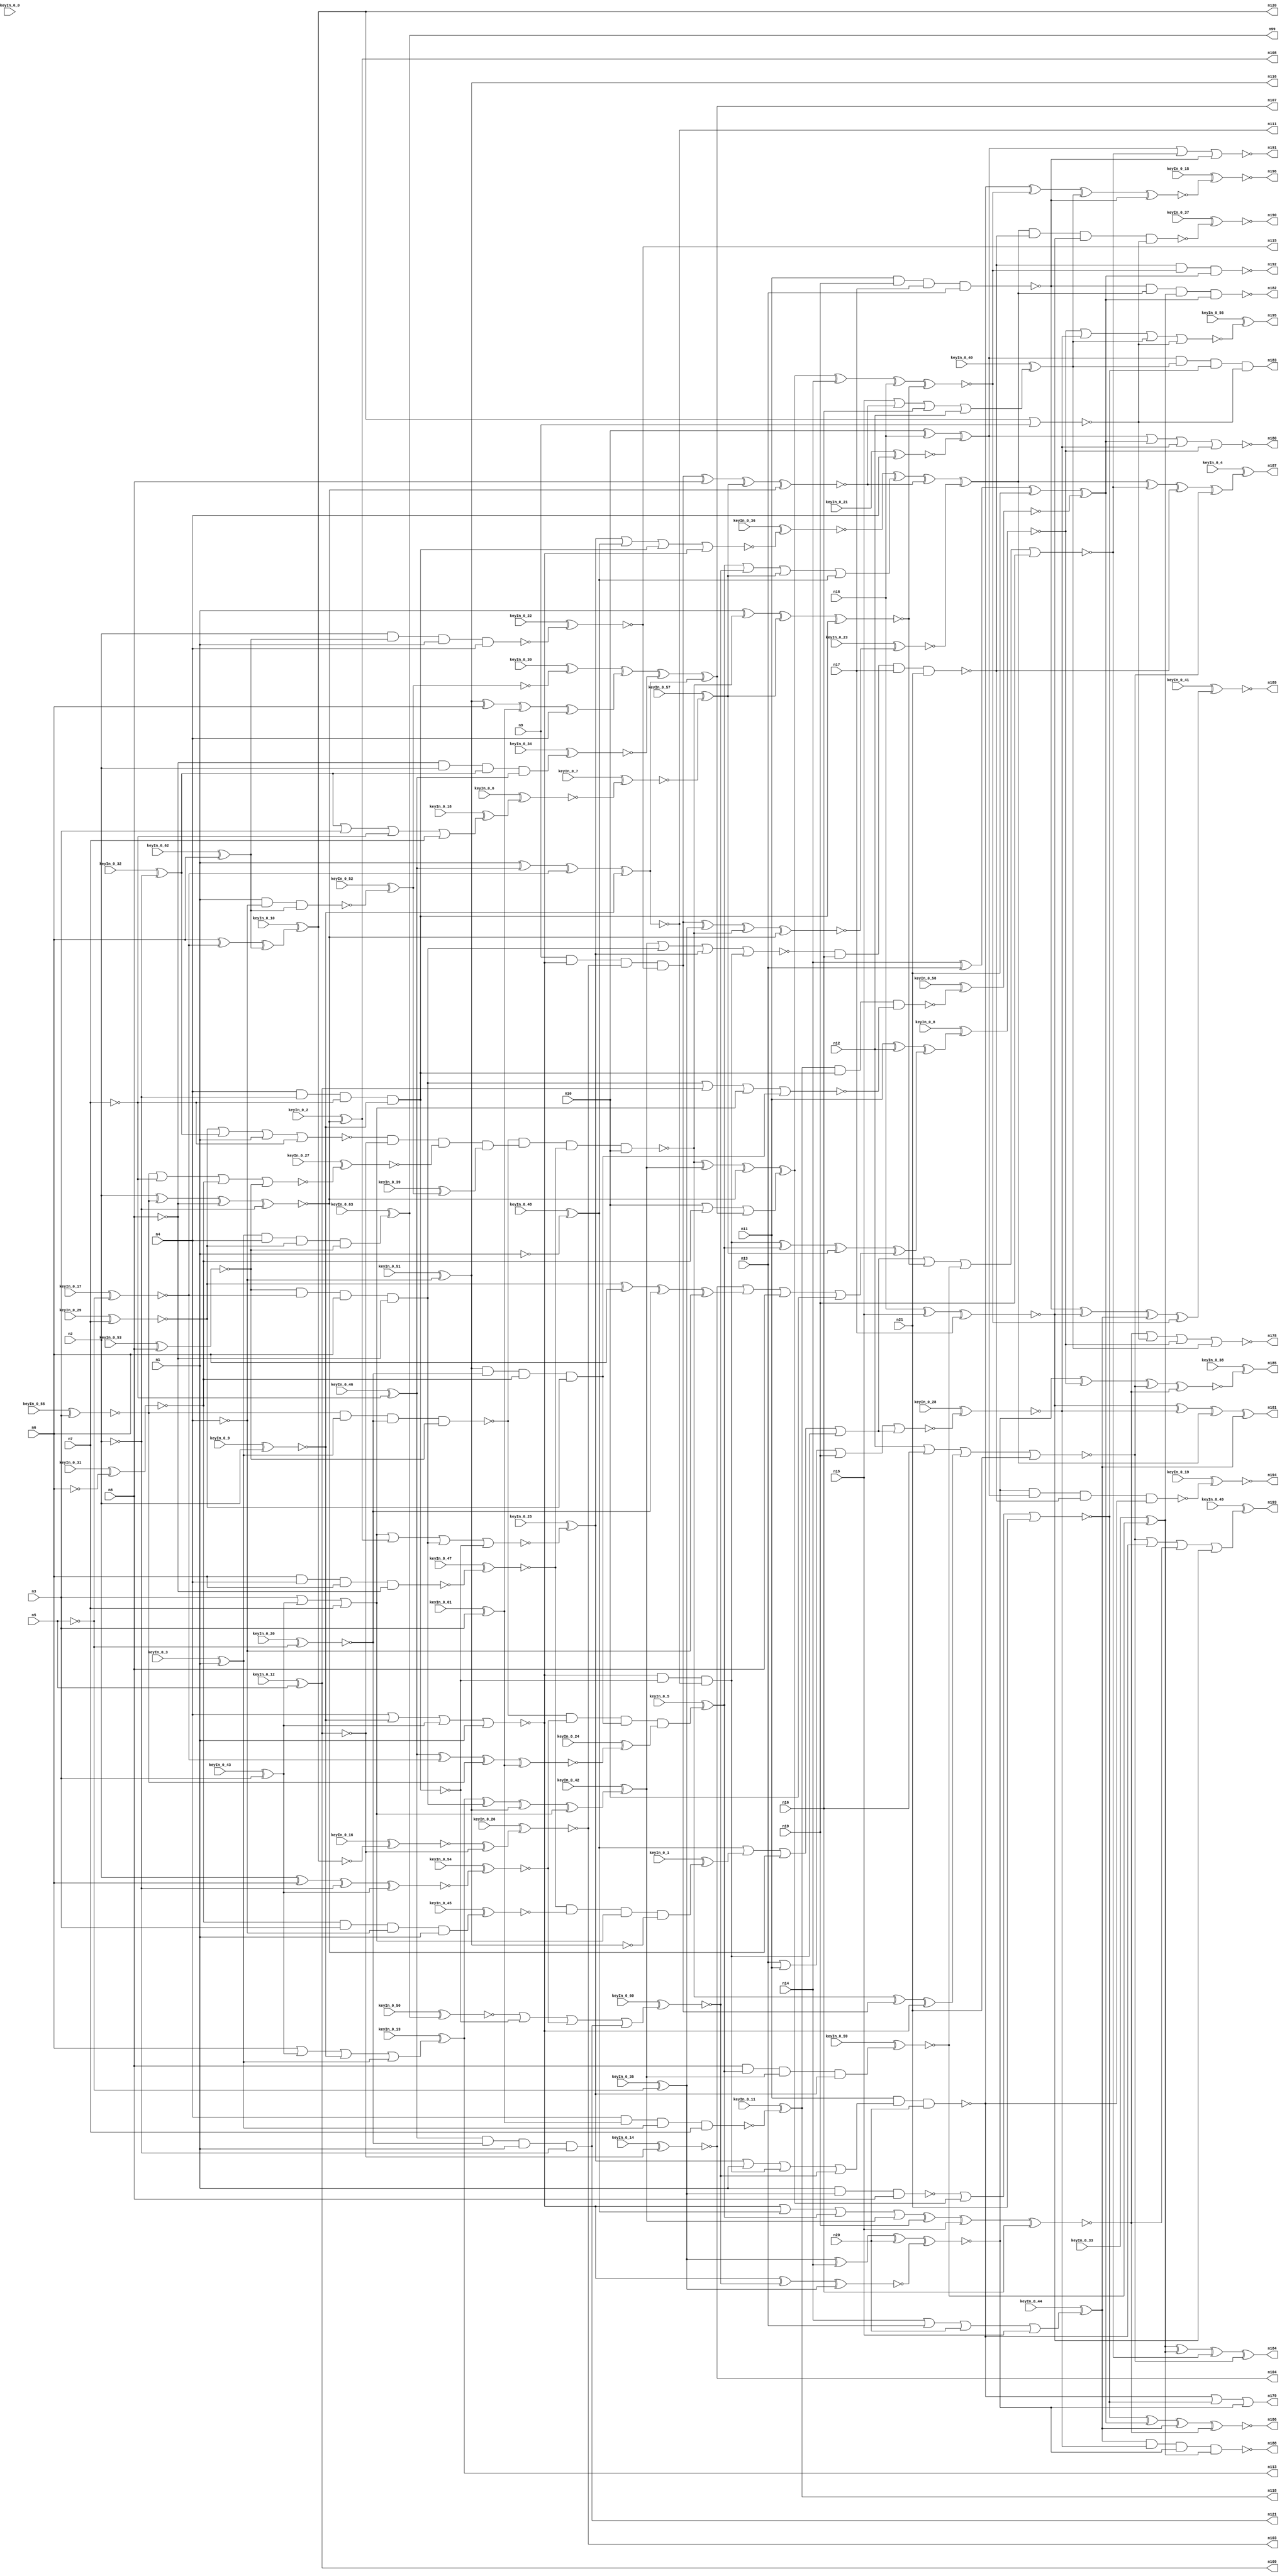


module Stat_175_832
(
  n1,
  n2,
  n3,
  n4,
  n5,
  n6,
  n7,
  n8,
  n9,
  n10,
  n11,
  n12,
  n13,
  n14,
  n15,
  n16,
  n17,
  n18,
  n19,
  n20,
  n21,
  n99,
  n113,
  n104,
  n108,
  n121,
  n116,
  n115,
  n109,
  n111,
  n107,
  n103,
  n120,
  n118,
  n185,
  n178,
  n188,
  n189,
  n192,
  n196,
  n186,
  n194,
  n193,
  n195,
  n187,
  n182,
  n179,
  n183,
  n181,
  n180,
  n190,
  n191,
  n184,
  keyIn_0_0,
  keyIn_0_1,
  keyIn_0_2,
  keyIn_0_3,
  keyIn_0_4,
  keyIn_0_5,
  keyIn_0_6,
  keyIn_0_7,
  keyIn_0_8,
  keyIn_0_9,
  keyIn_0_10,
  keyIn_0_11,
  keyIn_0_12,
  keyIn_0_13,
  keyIn_0_14,
  keyIn_0_15,
  keyIn_0_16,
  keyIn_0_17,
  keyIn_0_18,
  keyIn_0_19,
  keyIn_0_20,
  keyIn_0_21,
  keyIn_0_22,
  keyIn_0_23,
  keyIn_0_24,
  keyIn_0_25,
  keyIn_0_26,
  keyIn_0_27,
  keyIn_0_28,
  keyIn_0_29,
  keyIn_0_30,
  keyIn_0_31,
  keyIn_0_32,
  keyIn_0_33,
  keyIn_0_34,
  keyIn_0_35,
  keyIn_0_36,
  keyIn_0_37,
  keyIn_0_38,
  keyIn_0_39,
  keyIn_0_40,
  keyIn_0_41,
  keyIn_0_42,
  keyIn_0_43,
  keyIn_0_44,
  keyIn_0_45,
  keyIn_0_46,
  keyIn_0_47,
  keyIn_0_48,
  keyIn_0_49,
  keyIn_0_50,
  keyIn_0_51,
  keyIn_0_52,
  keyIn_0_53,
  keyIn_0_54,
  keyIn_0_55,
  keyIn_0_56,
  keyIn_0_57,
  keyIn_0_58,
  keyIn_0_59,
  keyIn_0_60,
  keyIn_0_61,
  keyIn_0_62,
  keyIn_0_63
);

  input n1;
  input n2;
  input n3;
  input n4;
  input n5;
  input n6;
  input n7;
  input n8;
  input n9;
  input n10;
  input n11;
  input n12;
  input n13;
  input n14;
  input n15;
  input n16;
  input n17;
  input n18;
  input n19;
  input n20;
  input n21;
  input keyIn_0_0;
  input keyIn_0_1;
  input keyIn_0_2;
  input keyIn_0_3;
  input keyIn_0_4;
  input keyIn_0_5;
  input keyIn_0_6;
  input keyIn_0_7;
  input keyIn_0_8;
  input keyIn_0_9;
  input keyIn_0_10;
  input keyIn_0_11;
  input keyIn_0_12;
  input keyIn_0_13;
  input keyIn_0_14;
  input keyIn_0_15;
  input keyIn_0_16;
  input keyIn_0_17;
  input keyIn_0_18;
  input keyIn_0_19;
  input keyIn_0_20;
  input keyIn_0_21;
  input keyIn_0_22;
  input keyIn_0_23;
  input keyIn_0_24;
  input keyIn_0_25;
  input keyIn_0_26;
  input keyIn_0_27;
  input keyIn_0_28;
  input keyIn_0_29;
  input keyIn_0_30;
  input keyIn_0_31;
  input keyIn_0_32;
  input keyIn_0_33;
  input keyIn_0_34;
  input keyIn_0_35;
  input keyIn_0_36;
  input keyIn_0_37;
  input keyIn_0_38;
  input keyIn_0_39;
  input keyIn_0_40;
  input keyIn_0_41;
  input keyIn_0_42;
  input keyIn_0_43;
  input keyIn_0_44;
  input keyIn_0_45;
  input keyIn_0_46;
  input keyIn_0_47;
  input keyIn_0_48;
  input keyIn_0_49;
  input keyIn_0_50;
  input keyIn_0_51;
  input keyIn_0_52;
  input keyIn_0_53;
  input keyIn_0_54;
  input keyIn_0_55;
  input keyIn_0_56;
  input keyIn_0_57;
  input keyIn_0_58;
  input keyIn_0_59;
  input keyIn_0_60;
  input keyIn_0_61;
  input keyIn_0_62;
  input keyIn_0_63;
  output n99;
  output n113;
  output n104;
  output n108;
  output n121;
  output n116;
  output n115;
  output n109;
  output n111;
  output n107;
  output n103;
  output n120;
  output n118;
  output n185;
  output n178;
  output n188;
  output n189;
  output n192;
  output n196;
  output n186;
  output n194;
  output n193;
  output n195;
  output n187;
  output n182;
  output n179;
  output n183;
  output n181;
  output n180;
  output n190;
  output n191;
  output n184;
  wire n22;
  wire n23;
  wire n24;
  wire n25;
  wire n26;
  wire n27;
  wire n28;
  wire n29;
  wire n30;
  wire n31;
  wire n32;
  wire n33;
  wire n34;
  wire n35;
  wire n36;
  wire n37;
  wire n38;
  wire n39;
  wire n40;
  wire n41;
  wire n42;
  wire n43;
  wire n44;
  wire n45;
  wire n46;
  wire n47;
  wire n48;
  wire n49;
  wire n50;
  wire n51;
  wire n52;
  wire n53;
  wire n54;
  wire n55;
  wire n56;
  wire n57;
  wire n58;
  wire n59;
  wire n60;
  wire n61;
  wire n62;
  wire n63;
  wire n64;
  wire n65;
  wire n66;
  wire n67;
  wire n68;
  wire n69;
  wire n70;
  wire n71;
  wire n72;
  wire n73;
  wire n74;
  wire n75;
  wire n76;
  wire n77;
  wire n78;
  wire n79;
  wire n80;
  wire n81;
  wire n82;
  wire n83;
  wire n84;
  wire n85;
  wire n86;
  wire n87;
  wire n88;
  wire n89;
  wire n90;
  wire n91;
  wire n92;
  wire n93;
  wire n94;
  wire n95;
  wire n96;
  wire n97;
  wire n98;
  wire n100;
  wire n101;
  wire n102;
  wire n105;
  wire n106;
  wire n110;
  wire n112;
  wire n114;
  wire n117;
  wire n119;
  wire n122;
  wire n123;
  wire n124;
  wire n125;
  wire n126;
  wire n127;
  wire n128;
  wire n129;
  wire n130;
  wire n131;
  wire n132;
  wire n133;
  wire n134;
  wire n135;
  wire n136;
  wire n137;
  wire n138;
  wire n139;
  wire n140;
  wire n141;
  wire n142;
  wire n143;
  wire n144;
  wire n145;
  wire n146;
  wire n147;
  wire n148;
  wire n149;
  wire n150;
  wire n151;
  wire n152;
  wire n153;
  wire n154;
  wire n155;
  wire n156;
  wire n157;
  wire n158;
  wire n159;
  wire n160;
  wire n161;
  wire n162;
  wire n163;
  wire n164;
  wire n165;
  wire n166;
  wire n167;
  wire n168;
  wire n169;
  wire n170;
  wire n171;
  wire n172;
  wire n173;
  wire n174;
  wire n175;
  wire n176;
  wire n177;
  wire KeyWire_0_0;
  wire KeyNOTWire_0_0;
  wire KeyWire_0_1;
  wire KeyWire_0_2;
  wire KeyWire_0_3;
  wire KeyNOTWire_0_3;
  wire KeyWire_0_4;
  wire KeyNOTWire_0_4;
  wire KeyWire_0_5;
  wire KeyNOTWire_0_5;
  wire KeyWire_0_6;
  wire KeyWire_0_7;
  wire KeyNOTWire_0_7;
  wire KeyWire_0_8;
  wire KeyWire_0_9;
  wire KeyWire_0_10;
  wire KeyWire_0_11;
  wire KeyWire_0_12;
  wire KeyNOTWire_0_12;
  wire KeyWire_0_13;
  wire KeyNOTWire_0_13;
  wire KeyWire_0_14;
  wire KeyNOTWire_0_14;
  wire KeyWire_0_15;
  wire KeyWire_0_16;
  wire KeyWire_0_17;
  wire KeyWire_0_18;
  wire KeyNOTWire_0_18;
  wire KeyWire_0_19;
  wire KeyWire_0_20;
  wire KeyNOTWire_0_20;
  wire KeyWire_0_21;
  wire KeyNOTWire_0_21;
  wire KeyWire_0_22;
  wire KeyWire_0_23;
  wire KeyNOTWire_0_23;
  wire KeyWire_0_24;
  wire KeyNOTWire_0_24;
  wire KeyWire_0_25;
  wire KeyNOTWire_0_25;
  wire KeyWire_0_26;
  wire KeyNOTWire_0_26;
  wire KeyWire_0_27;
  wire KeyNOTWire_0_27;
  wire KeyWire_0_28;
  wire KeyWire_0_29;
  wire KeyWire_0_30;
  wire KeyWire_0_31;
  wire KeyNOTWire_0_31;
  wire KeyWire_0_32;
  wire KeyWire_0_33;
  wire KeyWire_0_34;
  wire KeyNOTWire_0_34;
  wire KeyWire_0_35;
  wire KeyWire_0_36;
  wire KeyWire_0_37;
  wire KeyNOTWire_0_37;
  wire KeyWire_0_38;
  wire KeyNOTWire_0_38;
  wire KeyWire_0_39;
  wire KeyWire_0_40;
  wire KeyWire_0_41;
  wire KeyNOTWire_0_41;
  wire KeyWire_0_42;
  wire KeyNOTWire_0_42;
  wire KeyWire_0_43;
  wire KeyWire_0_44;
  wire KeyNOTWire_0_44;
  wire KeyWire_0_45;
  wire KeyNOTWire_0_45;
  wire KeyWire_0_46;
  wire KeyNOTWire_0_46;
  wire KeyWire_0_47;
  wire KeyWire_0_48;
  wire KeyNOTWire_0_48;
  wire KeyWire_0_49;
  wire KeyNOTWire_0_49;
  wire KeyWire_0_50;
  wire KeyNOTWire_0_50;
  wire KeyWire_0_51;
  wire KeyNOTWire_0_51;
  wire KeyWire_0_52;
  wire KeyNOTWire_0_52;
  wire KeyWire_0_53;
  wire KeyNOTWire_0_53;
  wire KeyWire_0_54;
  wire KeyWire_0_55;
  wire KeyNOTWire_0_55;
  wire KeyWire_0_56;
  wire KeyWire_0_57;
  wire KeyWire_0_58;
  wire KeyWire_0_59;
  wire KeyWire_0_60;
  wire KeyWire_0_61;
  wire KeyWire_0_62;
  wire KeyWire_0_63;
  wire KeyNOTWire_0_63;

  buf
  g0
  (
    n47,
    n1
  );


  buf
  g1
  (
    n34,
    n2
  );


  not
  g2
  (
    KeyWire_0_32,
    n2
  );


  buf
  g3
  (
    n26,
    n3
  );


  buf
  g4
  (
    KeyWire_0_43,
    n3
  );


  buf
  g5
  (
    KeyWire_0_3,
    n1
  );


  not
  g6
  (
    KeyWire_0_46,
    n7
  );


  buf
  g7
  (
    n35,
    n7
  );


  not
  g8
  (
    KeyWire_0_20,
    n5
  );


  not
  g9
  (
    n42,
    n7
  );


  buf
  g10
  (
    n50,
    n1
  );


  buf
  g11
  (
    KeyWire_0_53,
    n8
  );


  buf
  g12
  (
    n25,
    n1
  );


  buf
  g13
  (
    n23,
    n4
  );


  buf
  g14
  (
    n30,
    n4
  );


  buf
  g15
  (
    n38,
    n6
  );


  buf
  g16
  (
    KeyWire_0_55,
    n3
  );


  buf
  g17
  (
    KeyWire_0_62,
    n6
  );


  buf
  g18
  (
    KeyWire_0_61,
    n3
  );


  buf
  g19
  (
    KeyWire_0_9,
    n2
  );


  not
  g20
  (
    KeyWire_0_51,
    n4
  );


  not
  g21
  (
    n37,
    n2
  );


  not
  g22
  (
    KeyWire_0_17,
    n5
  );


  buf
  g23
  (
    KeyWire_0_12,
    n5
  );


  not
  g24
  (
    KeyWire_0_35,
    n5
  );


  buf
  g25
  (
    n31,
    n6
  );


  not
  g26
  (
    n22,
    n4
  );


  buf
  g27
  (
    KeyWire_0_29,
    n7
  );


  not
  g28
  (
    n29,
    n8
  );


  not
  g29
  (
    KeyWire_0_31,
    n6
  );


  buf
  g30
  (
    n71,
    n24
  );


  not
  g31
  (
    n57,
    n22
  );


  nor
  g32
  (
    KeyWire_0_27,
    n44,
    n42,
    n24,
    n45
  );


  xnor
  g33
  (
    KeyWire_0_54,
    n34,
    n38,
    n37,
    n43
  );


  and
  g34
  (
    n65,
    n46,
    n23,
    n39,
    n45
  );


  and
  g35
  (
    KeyWire_0_45,
    n24,
    n26,
    n22,
    n25
  );


  nand
  g36
  (
    KeyWire_0_11,
    n30,
    n36,
    n46,
    n35
  );


  nor
  g37
  (
    n76,
    n23,
    n41,
    n43,
    n25
  );


  nand
  g38
  (
    KeyWire_0_47,
    n31,
    n23,
    n38,
    n29
  );


  nand
  g39
  (
    KeyWire_0_52,
    n47,
    n25,
    n22,
    n27
  );


  xnor
  g40
  (
    KeyWire_0_24,
    n32,
    n33,
    n44,
    n36
  );


  or
  g41
  (
    n77,
    n26,
    n43,
    n35
  );


  and
  g42
  (
    n72,
    n48,
    n28,
    n24,
    n39
  );


  nor
  g43
  (
    n58,
    n39,
    n40,
    n47,
    n42
  );


  nand
  g44
  (
    n79,
    n30,
    n37,
    n42,
    n41
  );


  and
  g45
  (
    n78,
    n45,
    n33,
    n38,
    n29
  );


  xor
  g46
  (
    KeyWire_0_0,
    n30,
    n26,
    n40,
    n36
  );


  xnor
  g47
  (
    n64,
    n48,
    n31,
    n36,
    n30
  );


  or
  g48
  (
    KeyWire_0_13,
    n38,
    n43,
    n41,
    n46
  );


  xor
  g49
  (
    n54,
    n39,
    n31,
    n28,
    n22
  );


  nand
  g50
  (
    KeyWire_0_22,
    n34,
    n27,
    n47,
    n23
  );


  xnor
  g51
  (
    n67,
    n47,
    n32,
    n33,
    n41
  );


  nand
  g52
  (
    n73,
    n44,
    n46,
    n28,
    n45
  );


  xor
  g53
  (
    n70,
    n34,
    n44,
    n29,
    n37
  );


  xor
  g54
  (
    KeyWire_0_10,
    n31,
    n33,
    n27
  );


  and
  g55
  (
    n60,
    n29,
    n34,
    n40,
    n32
  );


  and
  g56
  (
    n66,
    n32,
    n28,
    n25,
    n37
  );


  or
  g57
  (
    KeyWire_0_18,
    n40,
    n26,
    n42,
    n35
  );


  not
  g58
  (
    KeyWire_0_16,
    n69
  );


  buf
  g59
  (
    KeyWire_0_63,
    n65
  );


  not
  g60
  (
    n80,
    n52
  );


  buf
  g61
  (
    n101,
    n67
  );


  not
  g62
  (
    n90,
    n66
  );


  not
  g63
  (
    n91,
    n64
  );


  buf
  g64
  (
    n92,
    n59
  );


  buf
  g65
  (
    KeyWire_0_30,
    n68
  );


  buf
  g66
  (
    KeyWire_0_34,
    n60
  );


  not
  g67
  (
    n85,
    n63
  );


  not
  g68
  (
    n81,
    n69
  );


  not
  g69
  (
    n86,
    n55
  );


  not
  g70
  (
    n87,
    n67
  );


  buf
  g71
  (
    n89,
    n56
  );


  buf
  g72
  (
    KeyWire_0_6,
    n62
  );


  not
  g73
  (
    n95,
    n61
  );


  buf
  g74
  (
    KeyWire_0_21,
    n57
  );


  buf
  g75
  (
    n98,
    n70
  );


  buf
  g76
  (
    n100,
    n54
  );


  not
  g77
  (
    n82,
    n53
  );


  not
  g78
  (
    KeyWire_0_39,
    n68
  );


  buf
  g79
  (
    n94,
    n58
  );


  not
  g80
  (
    n109,
    n49
  );


  buf
  g81
  (
    KeyWire_0_14,
    n49
  );


  not
  g82
  (
    n121,
    n90
  );


  not
  g83
  (
    KeyWire_0_7,
    n96
  );


  buf
  g84
  (
    n105,
    n89
  );


  buf
  g85
  (
    n111,
    n101
  );


  buf
  g86
  (
    n112,
    n100
  );


  buf
  g87
  (
    n116,
    n48
  );


  buf
  g88
  (
    n113,
    n92
  );


  buf
  g89
  (
    KeyWire_0_50,
    n99
  );


  not
  g90
  (
    n115,
    n95
  );


  not
  g91
  (
    KeyWire_0_48,
    n50
  );


  not
  g92
  (
    n110,
    n48
  );


  buf
  g93
  (
    n119,
    n82
  );


  not
  g94
  (
    n118,
    n85
  );


  not
  g95
  (
    n120,
    n81
  );


  not
  g96
  (
    KeyWire_0_2,
    n98
  );


  not
  g97
  (
    n122,
    n97
  );


  xor
  g98
  (
    KeyWire_0_26,
    n84,
    n49
  );


  xor
  g99
  (
    n107,
    n83,
    n91,
    n93,
    n87
  );


  and
  g100
  (
    n117,
    n94,
    n49,
    n86,
    n88
  );


  not
  g101
  (
    n138,
    n70
  );


  buf
  g102
  (
    n140,
    n8
  );


  buf
  g103
  (
    KeyWire_0_57,
    n102
  );


  not
  g104
  (
    n135,
    n79
  );


  buf
  g105
  (
    n123,
    n78
  );


  not
  g106
  (
    n132,
    n106
  );


  buf
  g107
  (
    n128,
    n118
  );


  buf
  g108
  (
    n131,
    n76
  );


  nor
  g109
  (
    n126,
    n78,
    n109,
    n77,
    n72
  );


  or
  g110
  (
    n125,
    n10,
    n71,
    n107
  );


  or
  g111
  (
    n127,
    n104,
    n112,
    n8,
    n10
  );


  nor
  g112
  (
    n142,
    n120,
    n9
  );


  nand
  g113
  (
    n134,
    n73,
    n117,
    n75,
    n10
  );


  xor
  g114
  (
    KeyWire_0_42,
    n113,
    n78,
    n116,
    n77
  );


  and
  g115
  (
    n133,
    n9,
    n76,
    n103,
    n115
  );


  and
  g116
  (
    n141,
    n76,
    n76,
    n79,
    n111
  );


  or
  g117
  (
    KeyWire_0_60,
    n114,
    n79,
    n74,
    n121
  );


  nor
  g118
  (
    KeyWire_0_25,
    n77,
    n108,
    n78,
    n79
  );


  and
  g119
  (
    KeyWire_0_5,
    n73,
    n74,
    n72,
    n105
  );


  and
  g120
  (
    KeyWire_0_1,
    n75,
    n119,
    n77,
    n110
  );


  buf
  g121
  (
    n144,
    n51
  );


  nand
  g122
  (
    n151,
    n50,
    n51,
    n140
  );


  nor
  g123
  (
    KeyWire_0_36,
    n136,
    n132,
    n135,
    n131
  );


  and
  g124
  (
    KeyWire_0_59,
    n140,
    n137,
    n130,
    n136
  );


  xnor
  g125
  (
    KeyWire_0_23,
    n133,
    n51,
    n134,
    n138
  );


  or
  g126
  (
    n153,
    n131,
    n132,
    n137,
    n130
  );


  xnor
  g127
  (
    n154,
    n131,
    n129,
    n51
  );


  xnor
  g128
  (
    n156,
    n50,
    n134,
    n139,
    n135
  );


  xor
  g129
  (
    n145,
    n141,
    n137,
    n139,
    n127
  );


  xor
  g130
  (
    n159,
    n134,
    n130,
    n138,
    n125
  );


  or
  g131
  (
    n143,
    n137,
    n129,
    n139,
    n132
  );


  xor
  g132
  (
    n152,
    n134,
    n133,
    n131
  );


  nor
  g133
  (
    n146,
    n130,
    n123,
    n136,
    n141
  );


  or
  g134
  (
    n155,
    n132,
    n124,
    n138,
    n141
  );


  nand
  g135
  (
    KeyWire_0_58,
    n128,
    n135,
    n126
  );


  or
  g136
  (
    n150,
    n136,
    n50,
    n141,
    n129
  );


  xnor
  g137
  (
    n158,
    n133,
    n140,
    n139,
    n138
  );


  buf
  g138
  (
    KeyWire_0_33,
    n157
  );


  nor
  g139
  (
    n164,
    n151,
    n159,
    n21
  );


  xnor
  g140
  (
    n176,
    n18,
    n15,
    n17
  );


  nand
  g141
  (
    n173,
    n11,
    n150,
    n20
  );


  xor
  g142
  (
    n177,
    n149,
    n143,
    n158,
    n148
  );


  nor
  g143
  (
    n166,
    n155,
    n156,
    n157,
    n19
  );


  nor
  g144
  (
    KeyWire_0_28,
    n13,
    n11,
    n19,
    n155
  );


  xor
  g145
  (
    n167,
    n14,
    n13,
    n21,
    n147
  );


  xor
  g146
  (
    KeyWire_0_8,
    n11,
    n12,
    n145
  );


  or
  g147
  (
    KeyWire_0_44,
    n14,
    n13,
    n20,
    n15
  );


  xnor
  g148
  (
    n174,
    n153,
    n19,
    n15,
    n16
  );


  xnor
  g149
  (
    n160,
    n159,
    n14,
    n18,
    n156
  );


  nor
  g150
  (
    n169,
    n12,
    n16,
    n152,
    n21
  );


  or
  g151
  (
    KeyWire_0_40,
    n15,
    n158,
    n16,
    n12
  );


  nand
  g152
  (
    n175,
    n11,
    n19,
    n17,
    n13
  );


  nand
  g153
  (
    n163,
    n146,
    n16,
    n17,
    n21
  );


  xor
  g154
  (
    n162,
    n10,
    n18,
    n122
  );


  xnor
  g155
  (
    n168,
    n144,
    n14,
    n20,
    n154
  );


  nor
  g156
  (
    n180,
    n162,
    n167,
    n165,
    n170
  );


  xor
  g157
  (
    KeyWire_0_4,
    n177,
    n166,
    n163,
    n169
  );


  or
  g158
  (
    KeyWire_0_49,
    n169,
    n173,
    n174,
    n176
  );


  and
  g159
  (
    n183,
    n162,
    n172,
    n164,
    n142
  );


  xnor
  g160
  (
    n186,
    n164,
    n167,
    n171,
    n174
  );


  nor
  g161
  (
    n191,
    n162,
    n166,
    n175
  );


  xor
  g162
  (
    n181,
    n176,
    n165,
    n177,
    n171
  );


  nand
  g163
  (
    n192,
    n163,
    n160,
    n167
  );


  xor
  g164
  (
    KeyWire_0_41,
    n175,
    n176,
    n171,
    n160
  );


  nor
  g165
  (
    KeyWire_0_56,
    n170,
    n165,
    n172,
    n142
  );


  nor
  g166
  (
    n178,
    n174,
    n142,
    n170,
    n172
  );


  nand
  g167
  (
    n188,
    n171,
    n165,
    n168,
    n161
  );


  xnor
  g168
  (
    KeyWire_0_15,
    n173,
    n160,
    n172,
    n175
  );


  xnor
  g169
  (
    KeyWire_0_38,
    n168,
    n170,
    n169,
    n174
  );


  or
  g170
  (
    n179,
    n173,
    n164,
    n168
  );


  nand
  g171
  (
    n182,
    n175,
    n177,
    n161,
    n167
  );


  nand
  g172
  (
    KeyWire_0_19,
    n168,
    n162,
    n163,
    n173
  );


  xor
  g173
  (
    n184,
    n161,
    n161,
    n166,
    n169
  );


  nand
  g174
  (
    KeyWire_0_37,
    n177,
    n163,
    n176,
    n142
  );


  xnor
  KeyGate_0_0
  (
    KeyNOTWire_0_0,
    keyIn_0_0,
    KeyWire_0_0
  );


  not
  KeyNOTGate_0_0
  (
    n52,
    KeyNOTWire_0_0
  );


  xor
  KeyGate_0_1
  (
    n124,
    keyIn_0_1,
    KeyWire_0_1
  );


  xor
  KeyGate_0_2
  (
    n108,
    keyIn_0_2,
    KeyWire_0_2
  );


  xnor
  KeyGate_0_3
  (
    KeyNOTWire_0_3,
    keyIn_0_3,
    KeyWire_0_3
  );


  not
  KeyNOTGate_0_3
  (
    n46,
    KeyNOTWire_0_3
  );


  xnor
  KeyGate_0_4
  (
    KeyNOTWire_0_4,
    keyIn_0_4,
    KeyWire_0_4
  );


  not
  KeyNOTGate_0_4
  (
    n187,
    KeyNOTWire_0_4
  );


  xnor
  KeyGate_0_5
  (
    KeyNOTWire_0_5,
    keyIn_0_5,
    KeyWire_0_5
  );


  not
  KeyNOTGate_0_5
  (
    n137,
    KeyNOTWire_0_5
  );


  xor
  KeyGate_0_6
  (
    n96,
    keyIn_0_6,
    KeyWire_0_6
  );


  xor
  KeyGate_0_7
  (
    KeyNOTWire_0_7,
    keyIn_0_7,
    KeyWire_0_7
  );


  not
  KeyNOTGate_0_7
  (
    n102,
    KeyNOTWire_0_7
  );


  xnor
  KeyGate_0_8
  (
    n170,
    keyIn_0_8,
    KeyWire_0_8
  );


  xnor
  KeyGate_0_9
  (
    n41,
    keyIn_0_9,
    KeyWire_0_9
  );


  xor
  KeyGate_0_10
  (
    n69,
    keyIn_0_10,
    KeyWire_0_10
  );


  xor
  KeyGate_0_11
  (
    n63,
    keyIn_0_11,
    KeyWire_0_11
  );


  xor
  KeyGate_0_12
  (
    KeyNOTWire_0_12,
    keyIn_0_12,
    KeyWire_0_12
  );


  not
  KeyNOTGate_0_12
  (
    n49,
    KeyNOTWire_0_12
  );


  xnor
  KeyGate_0_13
  (
    KeyNOTWire_0_13,
    keyIn_0_13,
    KeyWire_0_13
  );


  not
  KeyNOTGate_0_13
  (
    n59,
    KeyNOTWire_0_13
  );


  xor
  KeyGate_0_14
  (
    KeyNOTWire_0_14,
    keyIn_0_14,
    KeyWire_0_14
  );


  not
  KeyNOTGate_0_14
  (
    n104,
    KeyNOTWire_0_14
  );


  xnor
  KeyGate_0_15
  (
    n196,
    keyIn_0_15,
    KeyWire_0_15
  );


  xnor
  KeyGate_0_16
  (
    n84,
    keyIn_0_16,
    KeyWire_0_16
  );


  xnor
  KeyGate_0_17
  (
    n33,
    keyIn_0_17,
    KeyWire_0_17
  );


  xnor
  KeyGate_0_18
  (
    KeyNOTWire_0_18,
    keyIn_0_18,
    KeyWire_0_18
  );


  not
  KeyNOTGate_0_18
  (
    n62,
    KeyNOTWire_0_18
  );


  xnor
  KeyGate_0_19
  (
    n194,
    keyIn_0_19,
    KeyWire_0_19
  );


  xor
  KeyGate_0_20
  (
    KeyNOTWire_0_20,
    keyIn_0_20,
    KeyWire_0_20
  );


  not
  KeyNOTGate_0_20
  (
    n28,
    KeyNOTWire_0_20
  );


  xnor
  KeyGate_0_21
  (
    KeyNOTWire_0_21,
    keyIn_0_21,
    KeyWire_0_21
  );


  not
  KeyNOTGate_0_21
  (
    n97,
    KeyNOTWire_0_21
  );


  xnor
  KeyGate_0_22
  (
    n61,
    keyIn_0_22,
    KeyWire_0_22
  );


  xor
  KeyGate_0_23
  (
    KeyNOTWire_0_23,
    keyIn_0_23,
    KeyWire_0_23
  );


  not
  KeyNOTGate_0_23
  (
    n148,
    KeyNOTWire_0_23
  );


  xnor
  KeyGate_0_24
  (
    KeyNOTWire_0_24,
    keyIn_0_24,
    KeyWire_0_24
  );


  not
  KeyNOTGate_0_24
  (
    n56,
    KeyNOTWire_0_24
  );


  xnor
  KeyGate_0_25
  (
    KeyNOTWire_0_25,
    keyIn_0_25,
    KeyWire_0_25
  );


  not
  KeyNOTGate_0_25
  (
    n136,
    KeyNOTWire_0_25
  );


  xor
  KeyGate_0_26
  (
    KeyNOTWire_0_26,
    keyIn_0_26,
    KeyWire_0_26
  );


  not
  KeyNOTGate_0_26
  (
    n103,
    KeyNOTWire_0_26
  );


  xnor
  KeyGate_0_27
  (
    KeyNOTWire_0_27,
    keyIn_0_27,
    KeyWire_0_27
  );


  not
  KeyNOTGate_0_27
  (
    n55,
    KeyNOTWire_0_27
  );


  xnor
  KeyGate_0_28
  (
    n165,
    keyIn_0_28,
    KeyWire_0_28
  );


  xnor
  KeyGate_0_29
  (
    n39,
    keyIn_0_29,
    KeyWire_0_29
  );


  xor
  KeyGate_0_30
  (
    n83,
    keyIn_0_30,
    KeyWire_0_30
  );


  xor
  KeyGate_0_31
  (
    KeyNOTWire_0_31,
    keyIn_0_31,
    KeyWire_0_31
  );


  not
  KeyNOTGate_0_31
  (
    n24,
    KeyNOTWire_0_31
  );


  xor
  KeyGate_0_32
  (
    n40,
    keyIn_0_32,
    KeyWire_0_32
  );


  xor
  KeyGate_0_33
  (
    n161,
    keyIn_0_33,
    KeyWire_0_33
  );


  xor
  KeyGate_0_34
  (
    KeyNOTWire_0_34,
    keyIn_0_34,
    KeyWire_0_34
  );


  not
  KeyNOTGate_0_34
  (
    n93,
    KeyNOTWire_0_34
  );


  xor
  KeyGate_0_35
  (
    n51,
    keyIn_0_35,
    KeyWire_0_35
  );


  xnor
  KeyGate_0_36
  (
    n149,
    keyIn_0_36,
    KeyWire_0_36
  );


  xor
  KeyGate_0_37
  (
    KeyNOTWire_0_37,
    keyIn_0_37,
    KeyWire_0_37
  );


  not
  KeyNOTGate_0_37
  (
    n190,
    KeyNOTWire_0_37
  );


  xnor
  KeyGate_0_38
  (
    KeyNOTWire_0_38,
    keyIn_0_38,
    KeyWire_0_38
  );


  not
  KeyNOTGate_0_38
  (
    n185,
    KeyNOTWire_0_38
  );


  xor
  KeyGate_0_39
  (
    n88,
    keyIn_0_39,
    KeyWire_0_39
  );


  xor
  KeyGate_0_40
  (
    n172,
    keyIn_0_40,
    KeyWire_0_40
  );


  xor
  KeyGate_0_41
  (
    KeyNOTWire_0_41,
    keyIn_0_41,
    KeyWire_0_41
  );


  not
  KeyNOTGate_0_41
  (
    n189,
    KeyNOTWire_0_41
  );


  xnor
  KeyGate_0_42
  (
    KeyNOTWire_0_42,
    keyIn_0_42,
    KeyWire_0_42
  );


  not
  KeyNOTGate_0_42
  (
    n130,
    KeyNOTWire_0_42
  );


  xor
  KeyGate_0_43
  (
    n43,
    keyIn_0_43,
    KeyWire_0_43
  );


  xnor
  KeyGate_0_44
  (
    KeyNOTWire_0_44,
    keyIn_0_44,
    KeyWire_0_44
  );


  not
  KeyNOTGate_0_44
  (
    n171,
    KeyNOTWire_0_44
  );


  xnor
  KeyGate_0_45
  (
    KeyNOTWire_0_45,
    keyIn_0_45,
    KeyWire_0_45
  );


  not
  KeyNOTGate_0_45
  (
    n53,
    KeyNOTWire_0_45
  );


  xnor
  KeyGate_0_46
  (
    KeyNOTWire_0_46,
    keyIn_0_46,
    KeyWire_0_46
  );


  not
  KeyNOTGate_0_46
  (
    n32,
    KeyNOTWire_0_46
  );


  xnor
  KeyGate_0_47
  (
    n75,
    keyIn_0_47,
    KeyWire_0_47
  );


  xor
  KeyGate_0_48
  (
    KeyNOTWire_0_48,
    keyIn_0_48,
    KeyWire_0_48
  );


  not
  KeyNOTGate_0_48
  (
    n106,
    KeyNOTWire_0_48
  );


  xnor
  KeyGate_0_49
  (
    KeyNOTWire_0_49,
    keyIn_0_49,
    KeyWire_0_49
  );


  not
  KeyNOTGate_0_49
  (
    n193,
    KeyNOTWire_0_49
  );


  xor
  KeyGate_0_50
  (
    KeyNOTWire_0_50,
    keyIn_0_50,
    KeyWire_0_50
  );


  not
  KeyNOTGate_0_50
  (
    n114,
    KeyNOTWire_0_50
  );


  xnor
  KeyGate_0_51
  (
    KeyNOTWire_0_51,
    keyIn_0_51,
    KeyWire_0_51
  );


  not
  KeyNOTGate_0_51
  (
    n48,
    KeyNOTWire_0_51
  );


  xor
  KeyGate_0_52
  (
    KeyNOTWire_0_52,
    keyIn_0_52,
    KeyWire_0_52
  );


  not
  KeyNOTGate_0_52
  (
    n68,
    KeyNOTWire_0_52
  );


  xor
  KeyGate_0_53
  (
    KeyNOTWire_0_53,
    keyIn_0_53,
    KeyWire_0_53
  );


  not
  KeyNOTGate_0_53
  (
    n45,
    KeyNOTWire_0_53
  );


  xnor
  KeyGate_0_54
  (
    n74,
    keyIn_0_54,
    KeyWire_0_54
  );


  xor
  KeyGate_0_55
  (
    KeyNOTWire_0_55,
    keyIn_0_55,
    KeyWire_0_55
  );


  not
  KeyNOTGate_0_55
  (
    n44,
    KeyNOTWire_0_55
  );


  xor
  KeyGate_0_56
  (
    n195,
    keyIn_0_56,
    KeyWire_0_56
  );


  xor
  KeyGate_0_57
  (
    n139,
    keyIn_0_57,
    KeyWire_0_57
  );


  xnor
  KeyGate_0_58
  (
    n147,
    keyIn_0_58,
    KeyWire_0_58
  );


  xnor
  KeyGate_0_59
  (
    n157,
    keyIn_0_59,
    KeyWire_0_59
  );


  xnor
  KeyGate_0_60
  (
    n129,
    keyIn_0_60,
    KeyWire_0_60
  );


  xor
  KeyGate_0_61
  (
    n36,
    keyIn_0_61,
    KeyWire_0_61
  );


  xor
  KeyGate_0_62
  (
    n27,
    keyIn_0_62,
    KeyWire_0_62
  );


  xnor
  KeyGate_0_63
  (
    KeyNOTWire_0_63,
    keyIn_0_63,
    KeyWire_0_63
  );


  not
  KeyNOTGate_0_63
  (
    n99,
    KeyNOTWire_0_63
  );


endmodule